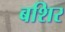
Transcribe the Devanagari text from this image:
बशिर